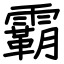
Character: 霸